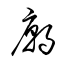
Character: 廟